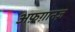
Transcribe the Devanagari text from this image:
अफ़ग़ानज़